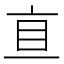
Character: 𰥐